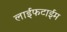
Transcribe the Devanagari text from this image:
लाईफटाईम